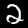
Digit: 2